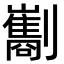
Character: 㔒